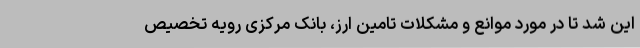
این شد تا در مورد موانع و مشکلات تامین ارز، بانک مرکزی رویه تخصیص